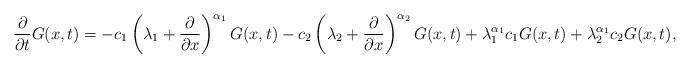
LaTeX: \begin{align*}\frac{\partial}{\partial t}G(x,t) & =-c_{1}\left(\lambda_1+\frac{\partial}{\partial x}\right)^{\alpha_1}G(x,t)-c_{2}\left(\lambda_2+\frac{\partial}{\partial x}\right)^{\alpha_2}G(x,t)+\lambda_1^{\alpha_1}{c_1}G(x,t)+\lambda_2^{\alpha_1}{c_2}G(x,t),\end{align*}